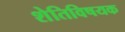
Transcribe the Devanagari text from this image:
शेतिविषयक